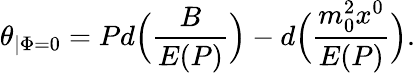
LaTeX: \theta_{\mid\Phi=0}=Pd\Bigl(\frac{B}{E(P)}\Bigr)-d\Bigl(\frac{m_{0}^{2}x^{0}}{E({P})}\Bigr).